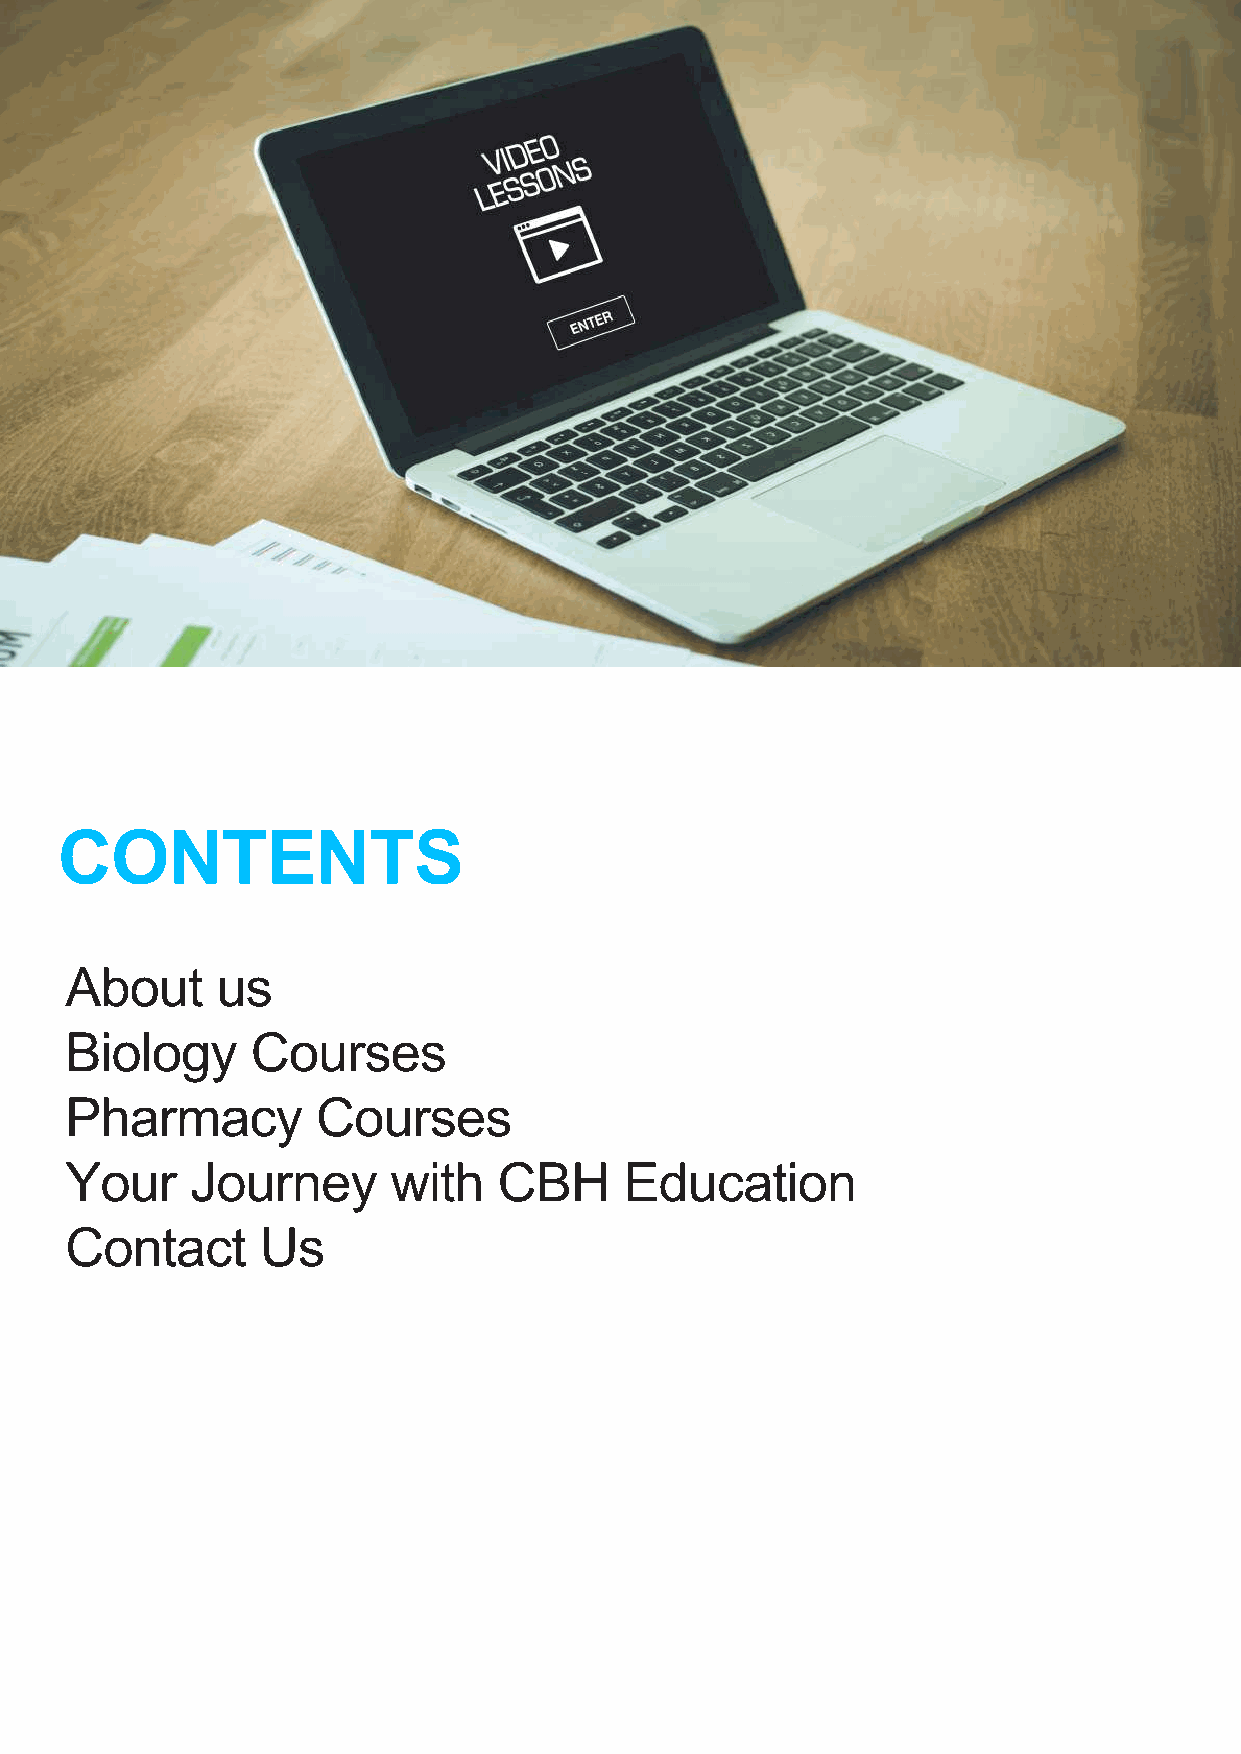
CONTENTS
 About     us
 Biology      Courses
 Pharmacy         Courses
 Your     Journey      with   CBH     Education
 Contact      Us